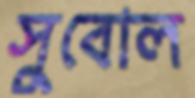
সুবোল